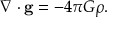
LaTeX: \nabla \cdot \mathbf { g } = - 4 \pi G \rho .